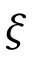
\xi